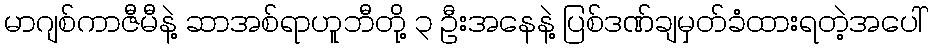
မာဂျစ်ကာဇီမီနဲ့ ဆာအစ်ရာဟူဘီတို့ ၃ ဦးအနေနဲ့ ပြစ်ဒဏ်ချမှတ်ခံထားရတဲ့အပေါ်